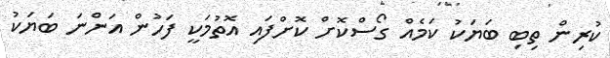
ކުރިން ތިބި ބަޔަކު ކަމެއް ގޯސްކޮށް ކޮށްފައި އޮތުމަކީ ފަހުން އަންނަ ބަޔަކު